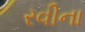
રવીના